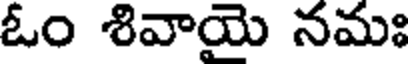
ఓం శివాయై నమః